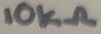
Text: 10KΩ